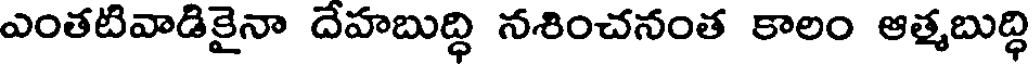
ఎంతటివాడికైనా దేహబుద్ధి నశించనంత కాలం ఆత్మబుద్ధి